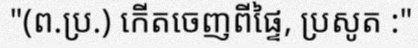
"(ព.ប្រ.) កើតចេញពីផ្ទៃ, ប្រសូត :"